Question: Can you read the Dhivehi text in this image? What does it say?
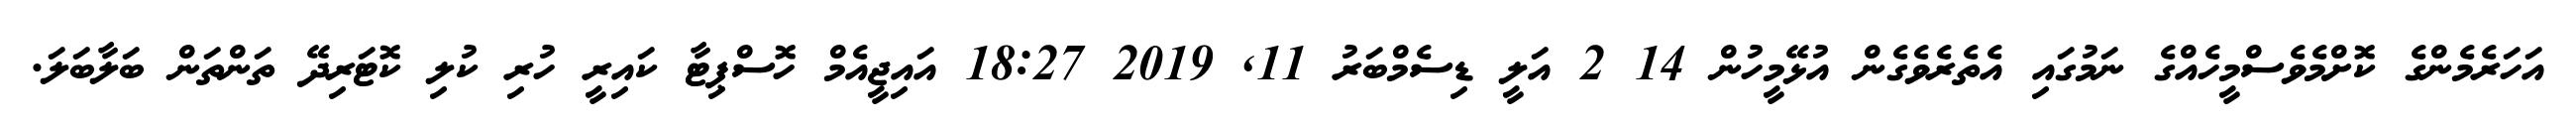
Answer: އަހަރެމެންގެ ކޮށްމެވެސްމީހެއްގެ ނަމުގައި އެތެރެވެގެން އުޅޭމީހުން 14 2 އަލީ ޑިސެމްބަރު 11, 2019 18:27 އައިޖީއެމް ހޮސްޕިޓާ ކައިރީ ހުރި ކުލި ކޮޓަރިދޭ ތަންތަން ބަލާބަލަ.